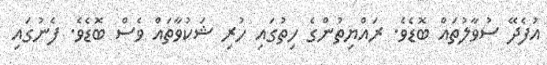
އުފެދޭ ސުވާލުތައް ބޮޑެވެ. ރައްޔިތުންގެ ހިތުގައި ހުރި ޝަކުވާތައް ވެސް ބޮޑެވެ. ފެނުގައި